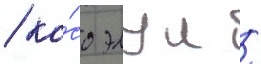
/ ко́со элул /